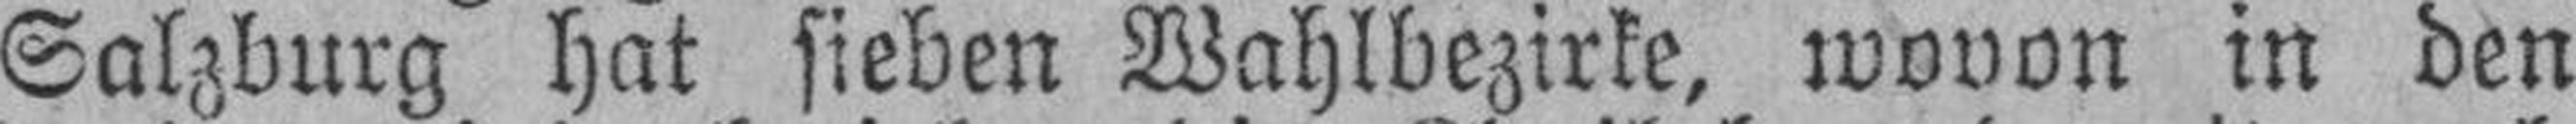
Salzburg hat sieben Wahlbezirke, wovon in den